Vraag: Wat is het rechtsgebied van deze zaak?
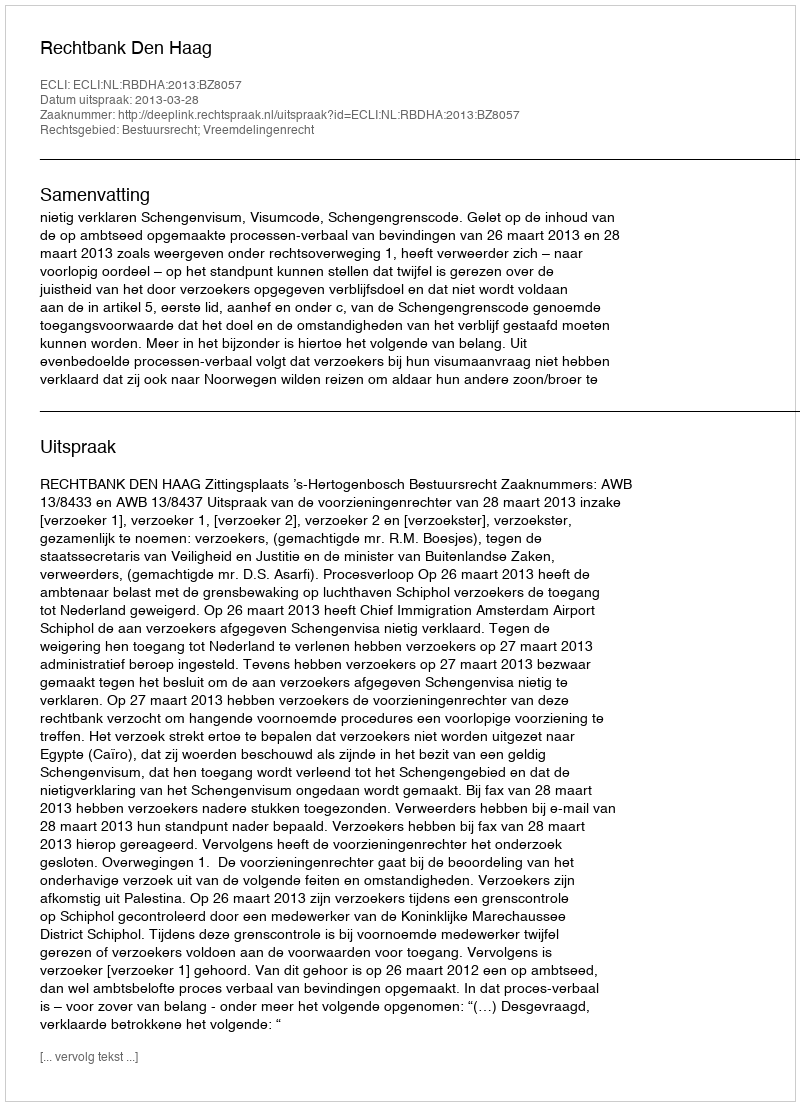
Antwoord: Bestuursrecht; Vreemdelingenrecht